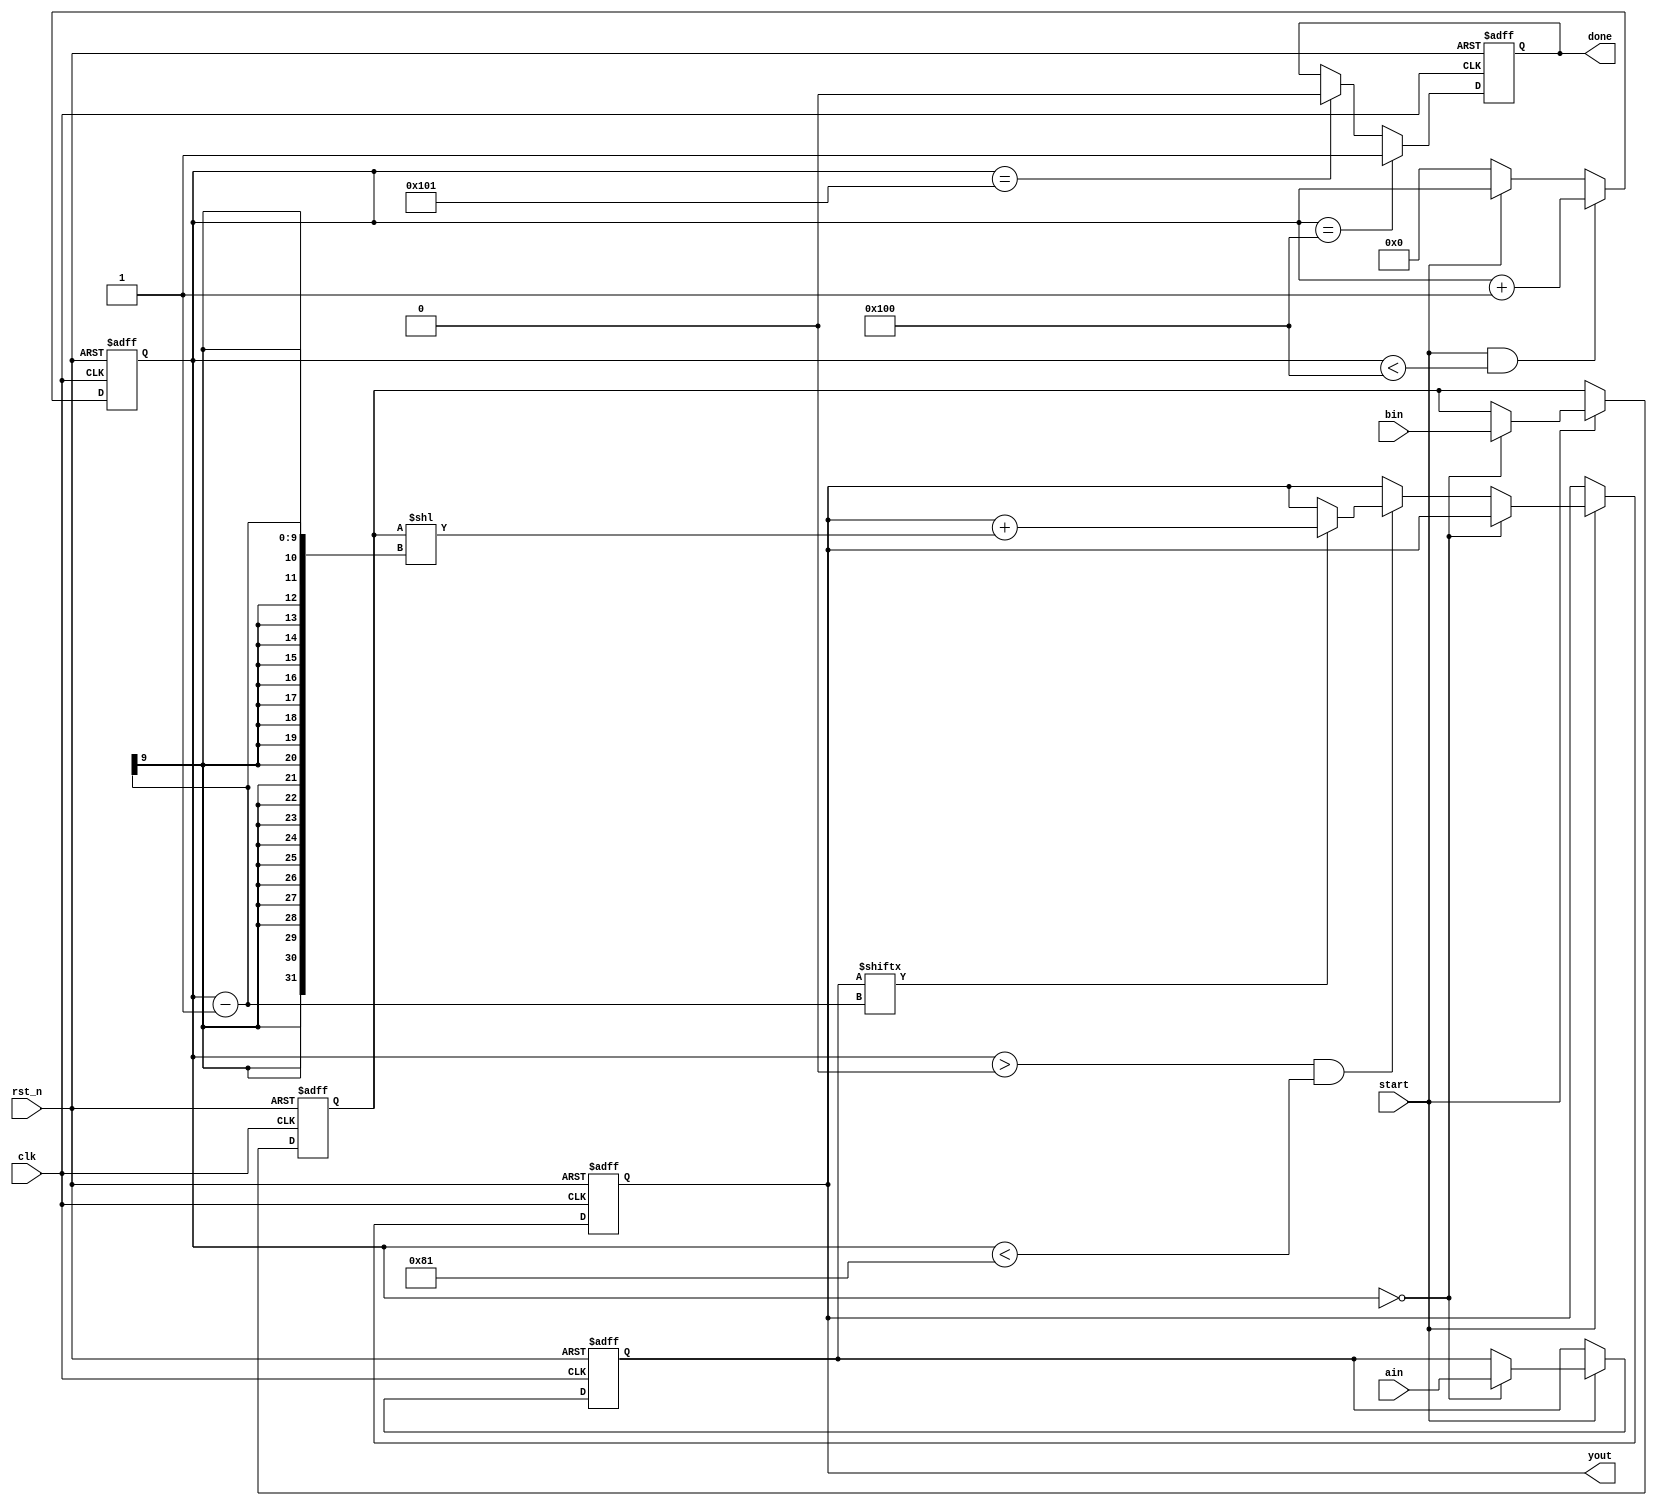
module mux128(
            clk,rst_n,
            start,ain,bin,yout,done
        );
        
input clk;        //
input rst_n;    //
input start;     //1
input[127:0] ain;    //a16
input[127:0] bin;    //b16
output[255:0] yout;    //32
output done;        //


reg[127:0] areg;    
reg[127:0] breg;   
reg[255:0] yout_r;    
reg done_r;
reg[8:0] i;        //


//------------------------------------------------
//
always @(posedge clk or negedge rst_n)
    if(!rst_n) i <= 9'd0;
    else if(start && i < 9'd256) i <= i+1'b1; 
    else if(!start) i <= 9'd0;

//------------------------------------------------
//
always @(posedge clk or negedge rst_n)
    if(!rst_n) done_r <= 1'b0;
    else if(i == 9'd256) done_r <= 1'b1;        
    else if(i == 9'd257) done_r <= 1'b0;        

assign done = done_r;

//------------------------------------------------
//
always @(posedge clk or negedge rst_n) begin
    if(!rst_n) begin 
            areg <= 128'h0000_0000_0000_0000_0000_0000_0000_0000;
            breg <= 128'h0000_0000_0000_0000_0000_0000_0000_0000;
            yout_r <= 256'h0000_0000_0000_0000_0000_0000_0000_0000_0000_0000_0000_0000_0000_0000_0000_0000;
    end
    else if(start) begin        
            if(i == 9'd0) begin    
                    areg <= ain;
                    breg <= bin;
                end
            else if(i > 9'd0 && i < 9'd129) begin
                    if(areg[i-1]) yout_r = yout_r + ({128'h0000_0000_0000_0000_0000_0000_0000_0000,breg}<<(i-1));    //?????
                    
                end
          
        end
end

assign yout = yout_r;

endmodule